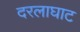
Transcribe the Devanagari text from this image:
दरलाघाट